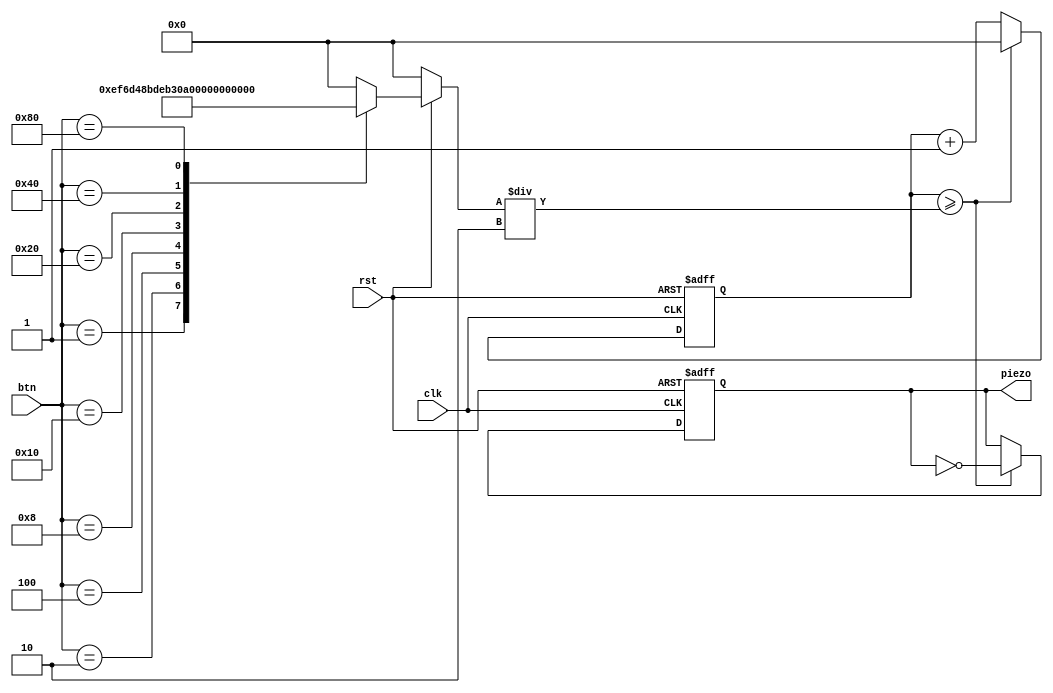
`timescale 1ns / 1ps
//////////////////////////////////////////////////////////////////////////////////
// Company: 
// Engineer: 
// 
// Design Name: 
// Module Name: piezo_basic
// Project Name: 
// Target Devices: 
// Tool Versions: 
// Description: 
// 
// Dependencies: 
// 
// Revision:
// Revision 0.01 - File Created
// Additional Comments:
// 
//////////////////////////////////////////////////////////////////////////////////


module piezo_basic(clk, rst, btn, piezo);

input clk, rst;
input [7:0] btn;
output reg piezo;

parameter C2 = 12'd3830;
parameter D2 = 12'd3400;
parameter E2 = 12'd3038;
parameter F2 = 12'd2864;
parameter G2 = 12'd2550;
parameter A2 = 12'd2272;
parameter B2 = 12'd2028;
parameter C3 = 12'd1912;

reg [11:0] cnt;
reg [11:0] cnt_limit;

always @(btn) begin
    if(!rst) cnt_limit = 0;
    else begin
        case(btn)
            8'b00000001 : cnt_limit = C2;
            8'b00000010 : cnt_limit = D2;
            8'b00000100 : cnt_limit = E2;
            8'b00001000 : cnt_limit = F2;
            8'b00010000 : cnt_limit = G2;
            8'b00100000 : cnt_limit = A2;
            8'b01000000 : cnt_limit = B2;
            8'b10000000 : cnt_limit = C3;
            default : cnt_limit = 0;
        endcase
    end
end

always @(posedge clk or negedge rst) begin
    if(!rst) begin
        cnt = 0;
        piezo = 0;
    end
    else if(cnt >= cnt_limit/2) begin
        piezo = ~piezo;
        cnt = 0;
    end
    else cnt = cnt + 1;
end

endmodule